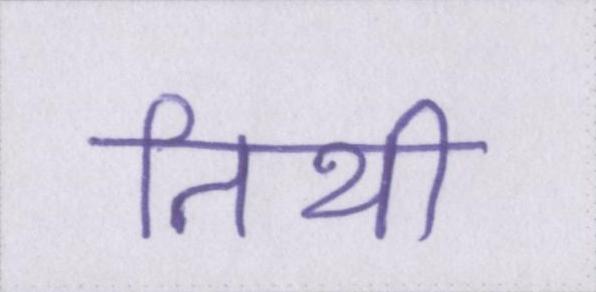
तिथी